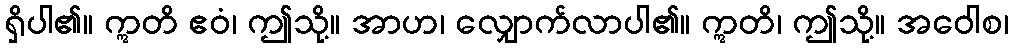
ရှိပါ၏။ ဣတိ ဧဝံ၊ ဤသို့။ အာဟ၊ လျှောက်လာပါ၏။ ဣတိ၊ ဤသို့။ အဝေါစ၊